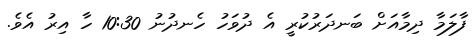
ފާލަމާ ދިމާއަށް ބަނދަރުކުރީ އެ ދުވަހު ހެނދުނު 10:30 ހާ އިރު އެވެ.